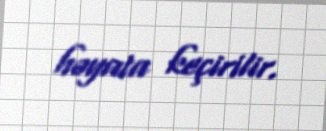
həyata keçirilir.